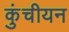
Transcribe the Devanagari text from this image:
कुंचीयन